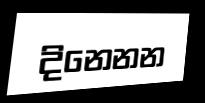
දිනෙනන